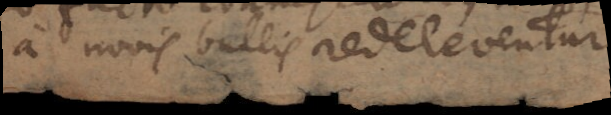
a novis bullis redeleventur